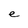
Character: e